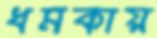
ধমকায়